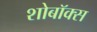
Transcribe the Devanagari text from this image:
शोबॉक्स